Lunatic asylums Punjab 1881-1894 - 1881-1894
Year: 1881
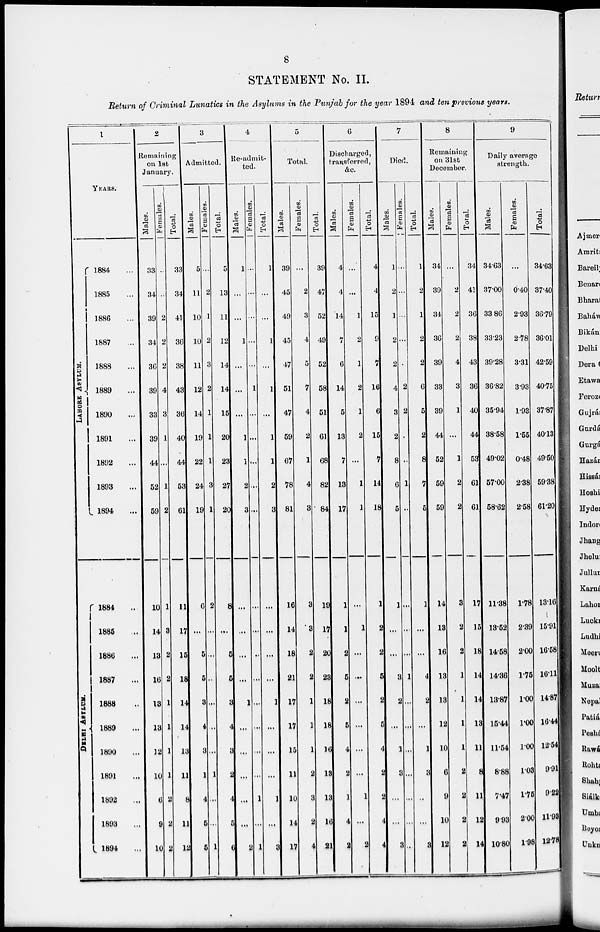
8
STATEMENT No. II.
Return of Criminal Lunatics in the Asylums in the Punjab for the year 1894 and ten previous years.
1
YEARS.
1884 ...
1885 ...
1886 ...
1887 ...
1888 ...
1889 ...
1890 ...
1891 ...
1892 ...
1893 ...
1894 ...
1884 ...
1885 ...
1886 ...
1887 ...
1888 ...
1889 ...
1890 ...
1891 ...
1892 ...
1893 ...
1894 ...
2
Remaining
on 1st
January.
Males.
33
34
39
34
36
39
33
39
44
52
59
10
14
13
16
13
13
12
10
6
9
10
Females.
...
...
2
2
2
4
3
1
...
1
2
1
3
2
2
1
1
1
1
2
2
2
Total.
33
34
41
36
38
43
36
40
44
53
61
11
17
15
18
14
14
13
11
8
11
12
3
Admitted.
Males.
5
11
10
10
11
12
14
19
22
24
19
6
...
5
5
3
4
3
1
4
5
5
Females.
...
2
1
2
3
2
1
1
1
3
1
2
...
...
...
...
...
...
1
...
...
1
Total.
5
13
11
12
14
14
15
20
23
27
20
8
...
5
5
3
4
3
2
4
5
6
4
Re-admit-
ted.
Males.
1
...
...
1
...
...
...
1
1
2
3
...
...
...
...
1
...
...
...
...
2
Females.
...
...
...
...
...
1
...
...
...
...
...
...
...
...
...
...
...
...
1
...
1
Total.
1
...
...
1
...
1
...
1
1
2
3
...
...
...
...
1
...
...
...
1
...
3
5
Total.
Males.
39
45
49
45
47
51
47
59
67
78
81
16
14
18
21
17
17
15
11
10
14
17
Females.
...
2
3
4
5
7
4
2
1
4
3
3
3
2
2
1
1
1
2
3
2
4
Total.
39
47
52
49
52
58
51
61
68
82
84
19
17
20
23
18
18
16
13
13
16
21
6
Discharged,
transferred,
&c.
Males.
4
4
14
7
6
14
5
13
7
13
17
1
1
2
5
2
5
4
2
1
4
2
Females.
...
...
1
2
1
2
1
2
...
1
1
...
1
...
...
...
...
...
...
1
...
2
Total.
4
4
15
9
7
16
6
15
7
14
18
1
2
2
5
2
5
4
2
2
4
4
7
Died.
Males.
1
2
1
2
2
4
3
2
8
6
5
1
...
...
3
2
...
1
3
...
...
3
Females.
...
...
...
...
...
2
2
...
...
1
...
...
...
...
1
...
...
...
...
...
...
...
Total.
1
2
1
2
2
6
5
2
8
7
5
1
...
...
4
2
...
1
3
...
...
3
8
Remaining
on 31st
December.
Males.
34
39
34
36
39
33
39
44
52
59
59
14
13
16
13
13
12
10
6
9
10
12
Females.
...
2
2
2
4
3
1
...
1
2
2
3
2
2
1
1
1
1
2
2
2
2
Total.
34
41
36
38
43
36
40
44
53
61
61
17
15
18
14
14
13
11
8
11
12
14
9
Daily average
strength.
Males.
34.63
37.00
33.86
33.23
39.28
36.82
35.94
38.58
49.02
57.00
58.62
11.38
13.52
14.58
14.36
13.87
15.44
11.54
8.88
7.47
9.93
10.80
Females.
...
0.40
2.93
2.78
3.31
3.93
1.93
1.55
0.48
2.38
2.58
1.78
2.39
2.00
1.75
1.00
1.00
1.00
1.03
1.75
2.00
1.98
Total.
34.63
37.40
36.79
36.01
42.59
40.75
37.87
40.13
49.50
59.38
61.20
13.16
15.91
16.58
16.11
14.87
16.44
12.54
9.91
9.22
11.93
12.78